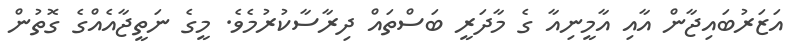
އަޒަރުބައިޖާން އާއި އާމީނިއާ ގެ މާދަރީ ބަސްތައް ދިރާސާކުރުމެވެ. މީގެ ނަތީޖާއެއްގެ ގޮތުން